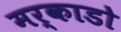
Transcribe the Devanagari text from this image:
मर्काडो